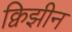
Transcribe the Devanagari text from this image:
क्विझीन